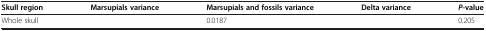
<table><thead><tr><td><b>Skull region</b></td><td><b>Marsupials variance</b></td><td><b>Marsupials and fossils variance</b></td><td><b>Delta variance</b></td><td><b><i>P</i>-value</b></td></tr></thead><tbody><tr><td>Whole skull</td><td>[EMPTY_CELL]</td><td>0.0187</td><td>[EMPTY_CELL]</td><td>0.205</td></tr></tbody></table>